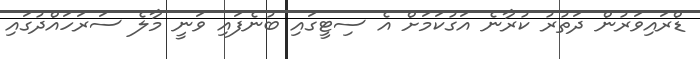
ޑްރައިވަރުން ދަތުރު ކުރާނެ އަގުކަމަށް އެ ސިޓީގައި ބުނެފައި ވަނީ މާލެ ސަރަހައްދުގައި